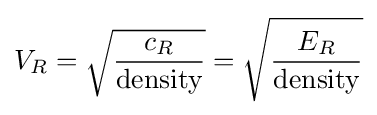
V_{R}={\sqrt {\frac {c_{R}}{\text{density}}}}={\sqrt {\frac {E_{R}}{\text{density}}}}